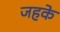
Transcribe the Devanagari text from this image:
जहके